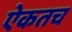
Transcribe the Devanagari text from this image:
ऐकतच